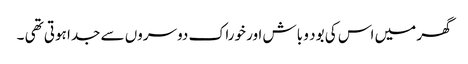
گھر میں اس کی بود و باش اور خوراک دوسروں سے جدا ہوتی تھی ۔